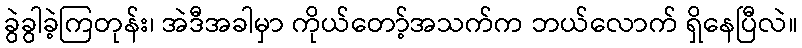
ခွဲခွါခဲ့ကြတုန်း၊ အဲဒီအခါမှာ ကိုယ်တော့်အသက်က ဘယ်လောက် ရှိနေပြီလဲ။